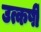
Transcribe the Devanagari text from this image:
उत्कर्षी